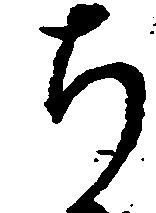
ち